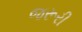
જરૂરી